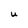
Character: U